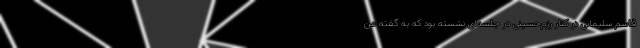
قاسم سلیمانی در کنار رزم‌حسینی در جلسه‌ای نشسته بود که به گفته عن